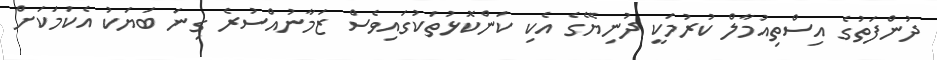
ދުންފަތުގެ އިސްތިއުމާލް ކުރުމަކީ ދުނިޔޭގެ އެކި ކަންކޮޅުތަކުގައިވެސް ޒަމާނުއްސުރެ ގިނަ ބަޔަކު އެކަމަކަށް